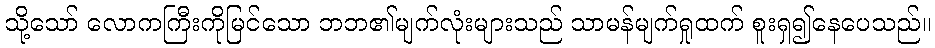
သို့သော် လောကကြီးကိုမြင်သော ဘဘ၏မျက်လုံးများသည် သာမန်မျက်ရှုထက် စူးရှ၍နေပေသည်။